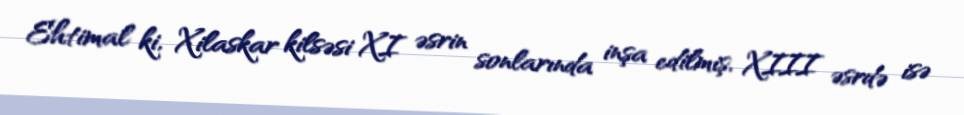
Ehtimal ki, Xilaskar kilsəsi XI əsrin sonlarında inşa edilmiş, XIII əsrdə isə